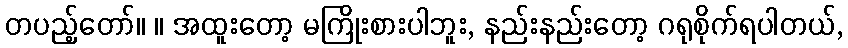
တပည့်တော်။ ။ အထူးတော့ မကြိုးစားပါဘူး, နည်းနည်းတော့ ဂရုစိုက်ရပါတယ်,